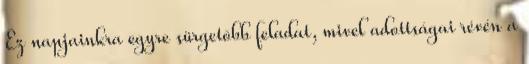
Ez napjainkra egyre sürgetõbb feladat, mivel adottságai révén a